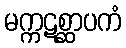
မက္ကဋစ္ဆာပကံ